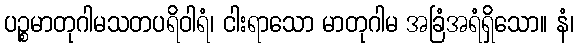
ပဉ္စမာတုဂါမသတပရိဝါရံ၊ ငါးရာသော မာတုဂါမ အခြံအရံရှိသော။ နံ၊